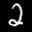
Label: 2